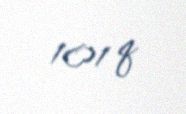
101 q